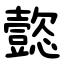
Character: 懿